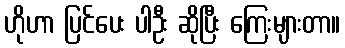
ဟိုဟာ ပြင်ပေး ပါဦး ဆိုပြီး ကြေးများတာ။